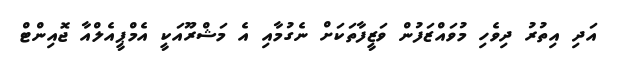
އަދި އިތުރު ދިވެހި މުވައްޒަފުން ވަޒީފާތަކަށް ނެގުމާއި އެ މަޝްރޫއަކީ އެމްޕީއެލްއާ ޖޮއިންޓް